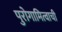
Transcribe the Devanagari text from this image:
पुरोगामित्वाची